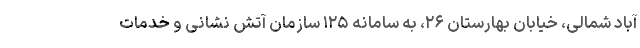
آباد شمالی، خیابان بهارستان ٢۶، به سامانه ١٢۵ سازمان آتش نشانی و خدمات